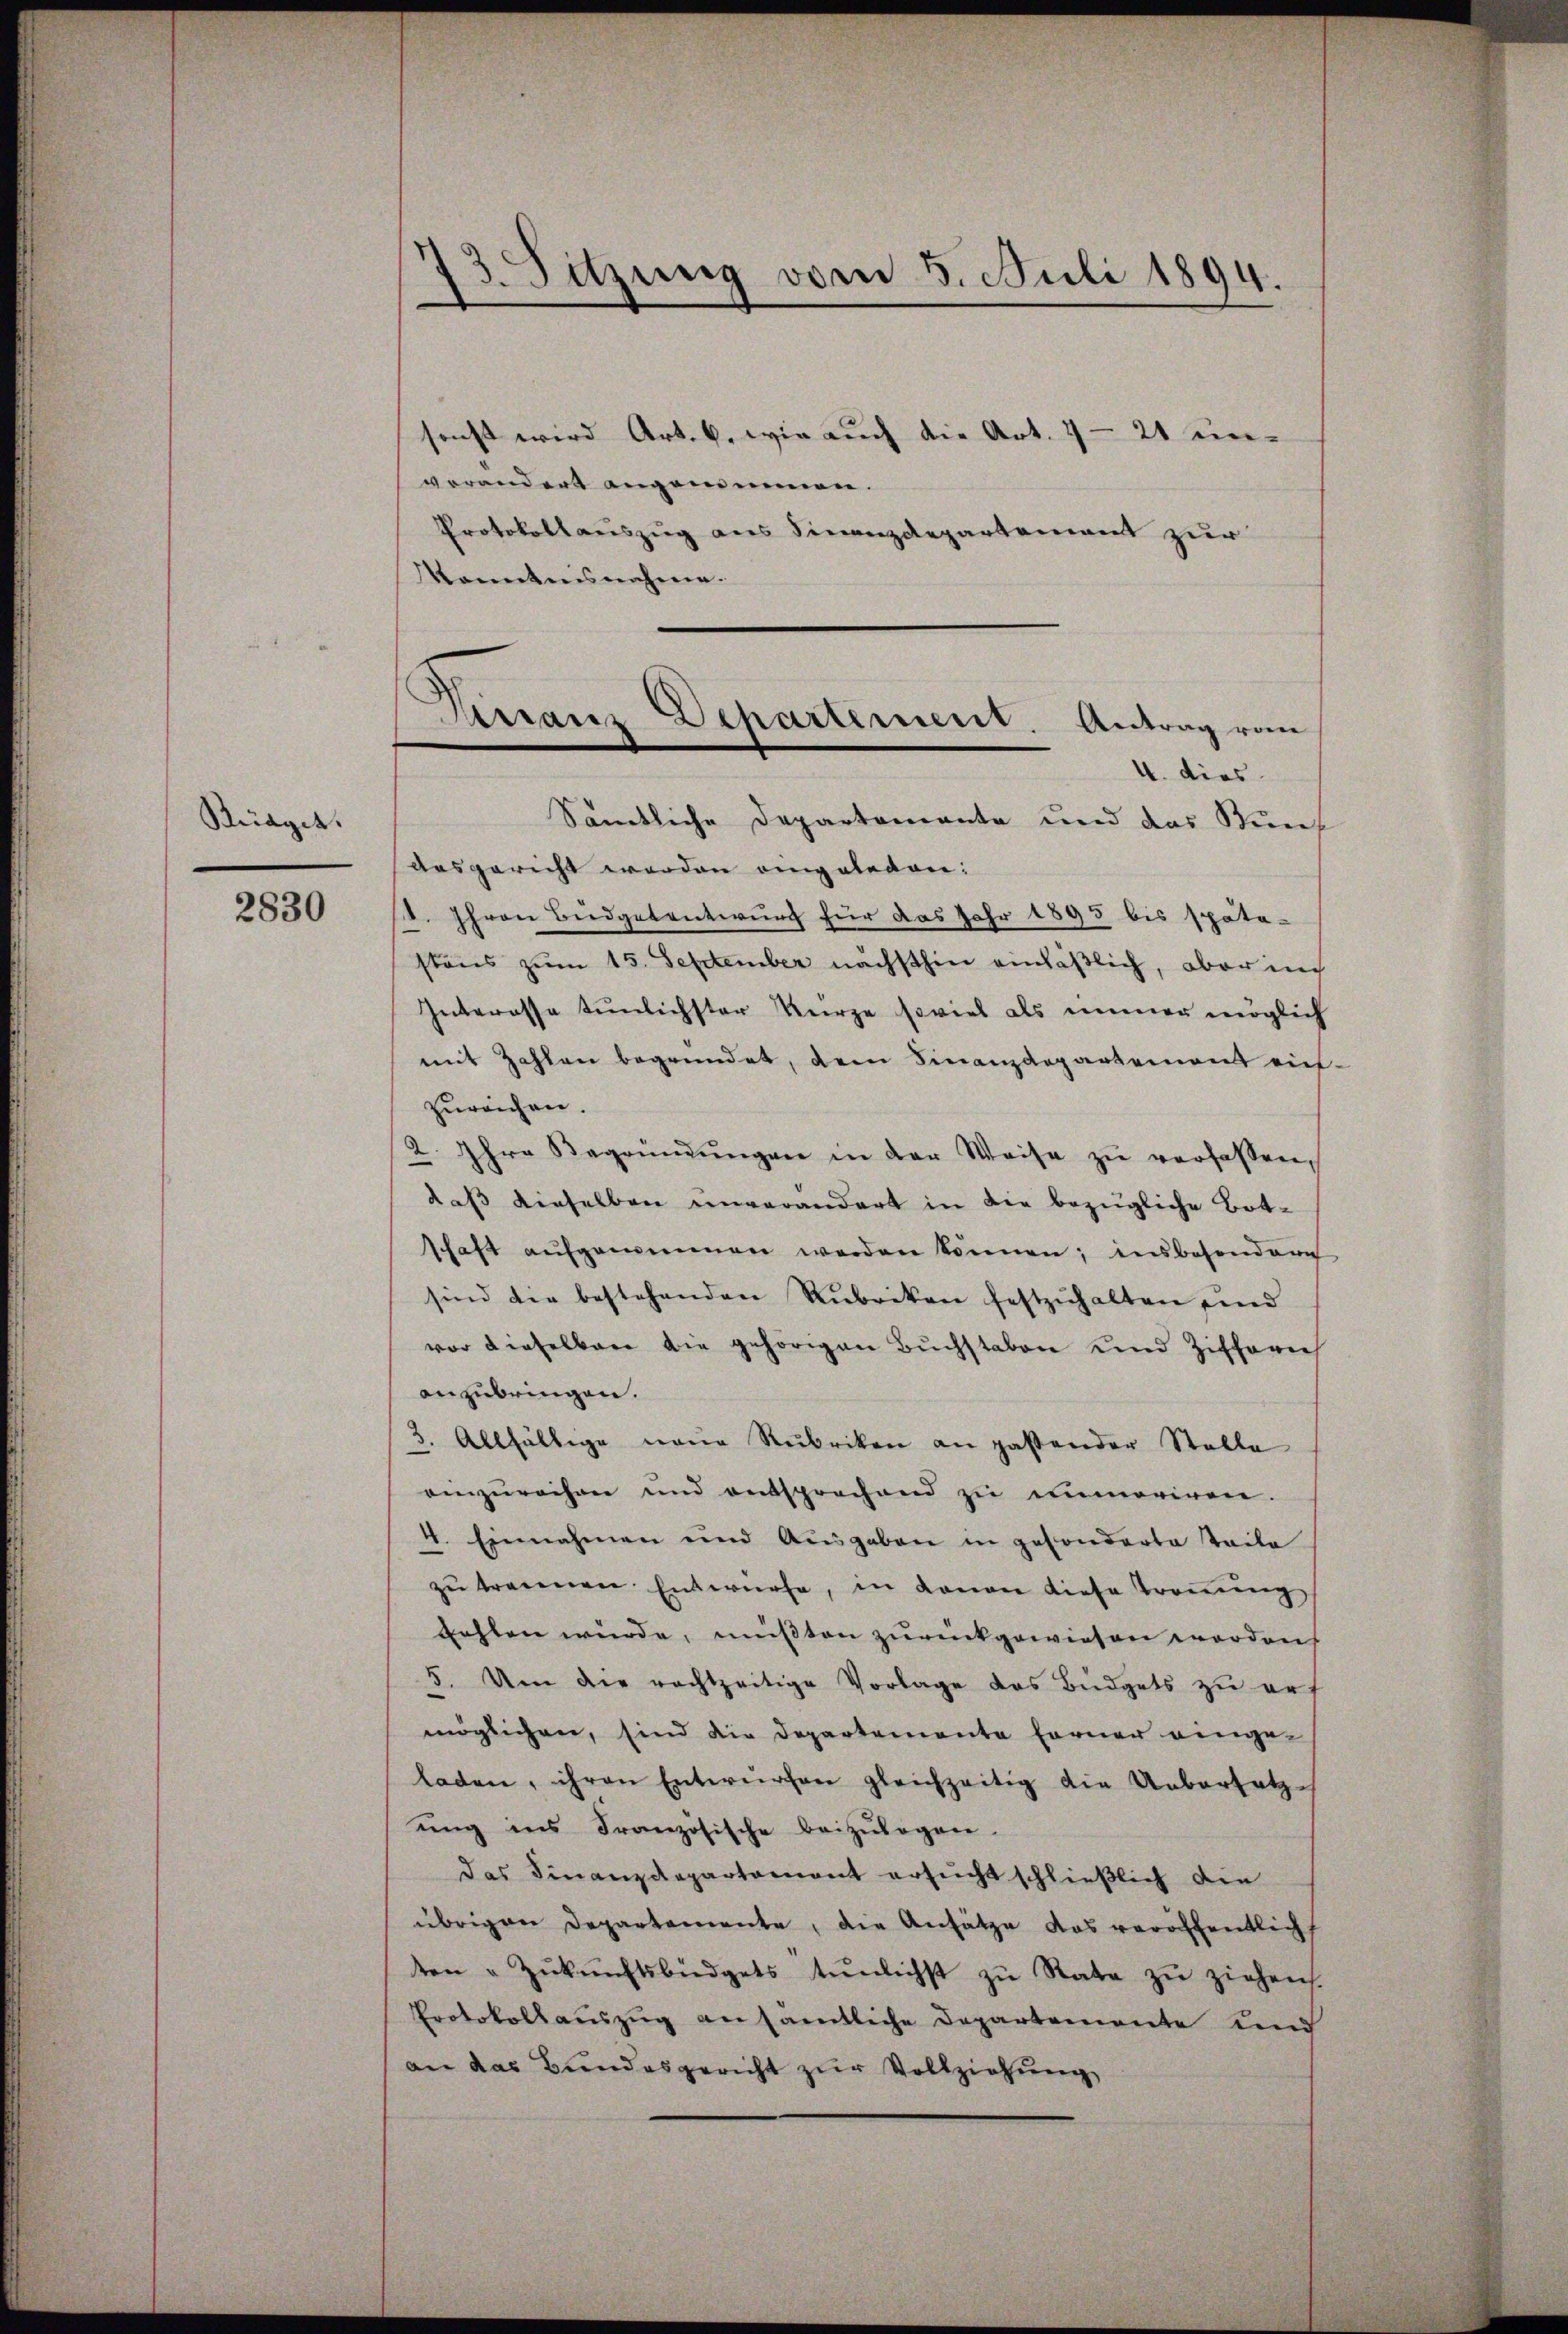
Kraget.

2830

3. Sitzung vom 8. Juli 1894.
e

sonst wird Art. 6. wie auch die Art. 1 - 21 un-
verändert angenommen.
Protokollauszug aus Finanzdepartement zur
Kenntnisnahme.
Sämtliche Departemente und das Stun¬
Ausgericht werden eingelegen:
Ghern Budgetentwurf für das Jahr 1895 bis spätes
stens zum 15. September nächsthin einläßlich, aber in
Interasse tunlichster Kurze soviel als immer möglich
mit Zahlen begründet, dem Finanzdepartement ein-
zureichen.
2. Ihre Begründŭngen in der Weise zŭ verfassen,
daß dieselben unverändert in die bezügliche Botschaft aŭfgenommen werden können; insbesondere
sind die bestehenden Rubriken festzŭhalten sind
vor dieselbare die gehörigen Bŭchstaben und Zifferie
anzubringen.
3. Allfällige neue Rubriken an passender Stelle
einzŭrechen und entsprechend zu unmoriren.
4. Einnahmen und Ausgaben in gesonderte Teile
zŭ tragenen Entwürfe, in davon diese Tronung
fehlen würde, müßten zurückgewiesen worden,
3. Um die rechtzeitige Vorlage das Büdgets zu erf
möglichen, sind die Departemente Ferner eingeladen, ihren Entwürfen gleichzeitig die Uebersatzes
ung ins Französische beizŭlegen.
das Finanzdepartament ersucht schließlich die
übrigen Departemente, die Ansätze das veröffentlich
ten u Zŭkŭnftsbiedgets tŭnlichst zŭ Rate zŭ ziehen.
Protokollaŭszŭg an sämtliche Departemente und
an das Bundesgericht zur Vollziehung

Hirranz Departement. Antrag vom
e
4. dies